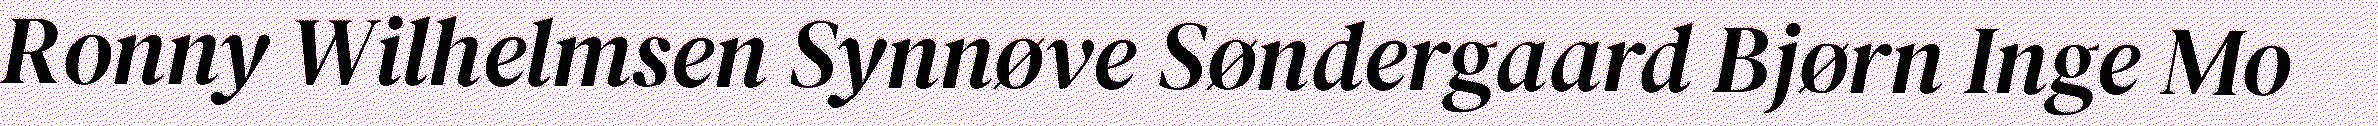
Ronny Wilhelmsen Synnøve Søndergaard Bjørn Inge Mo